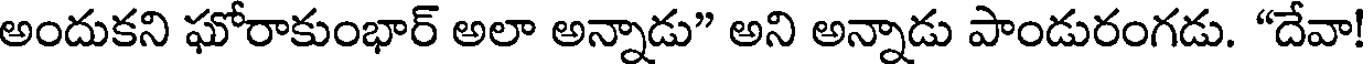
అందుకని ఘోరాకుంభార్ అలా అన్నాడు" అని అన్నాడు పాండురంగడు. "దేవా!